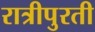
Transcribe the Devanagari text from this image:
रात्रीपुरती